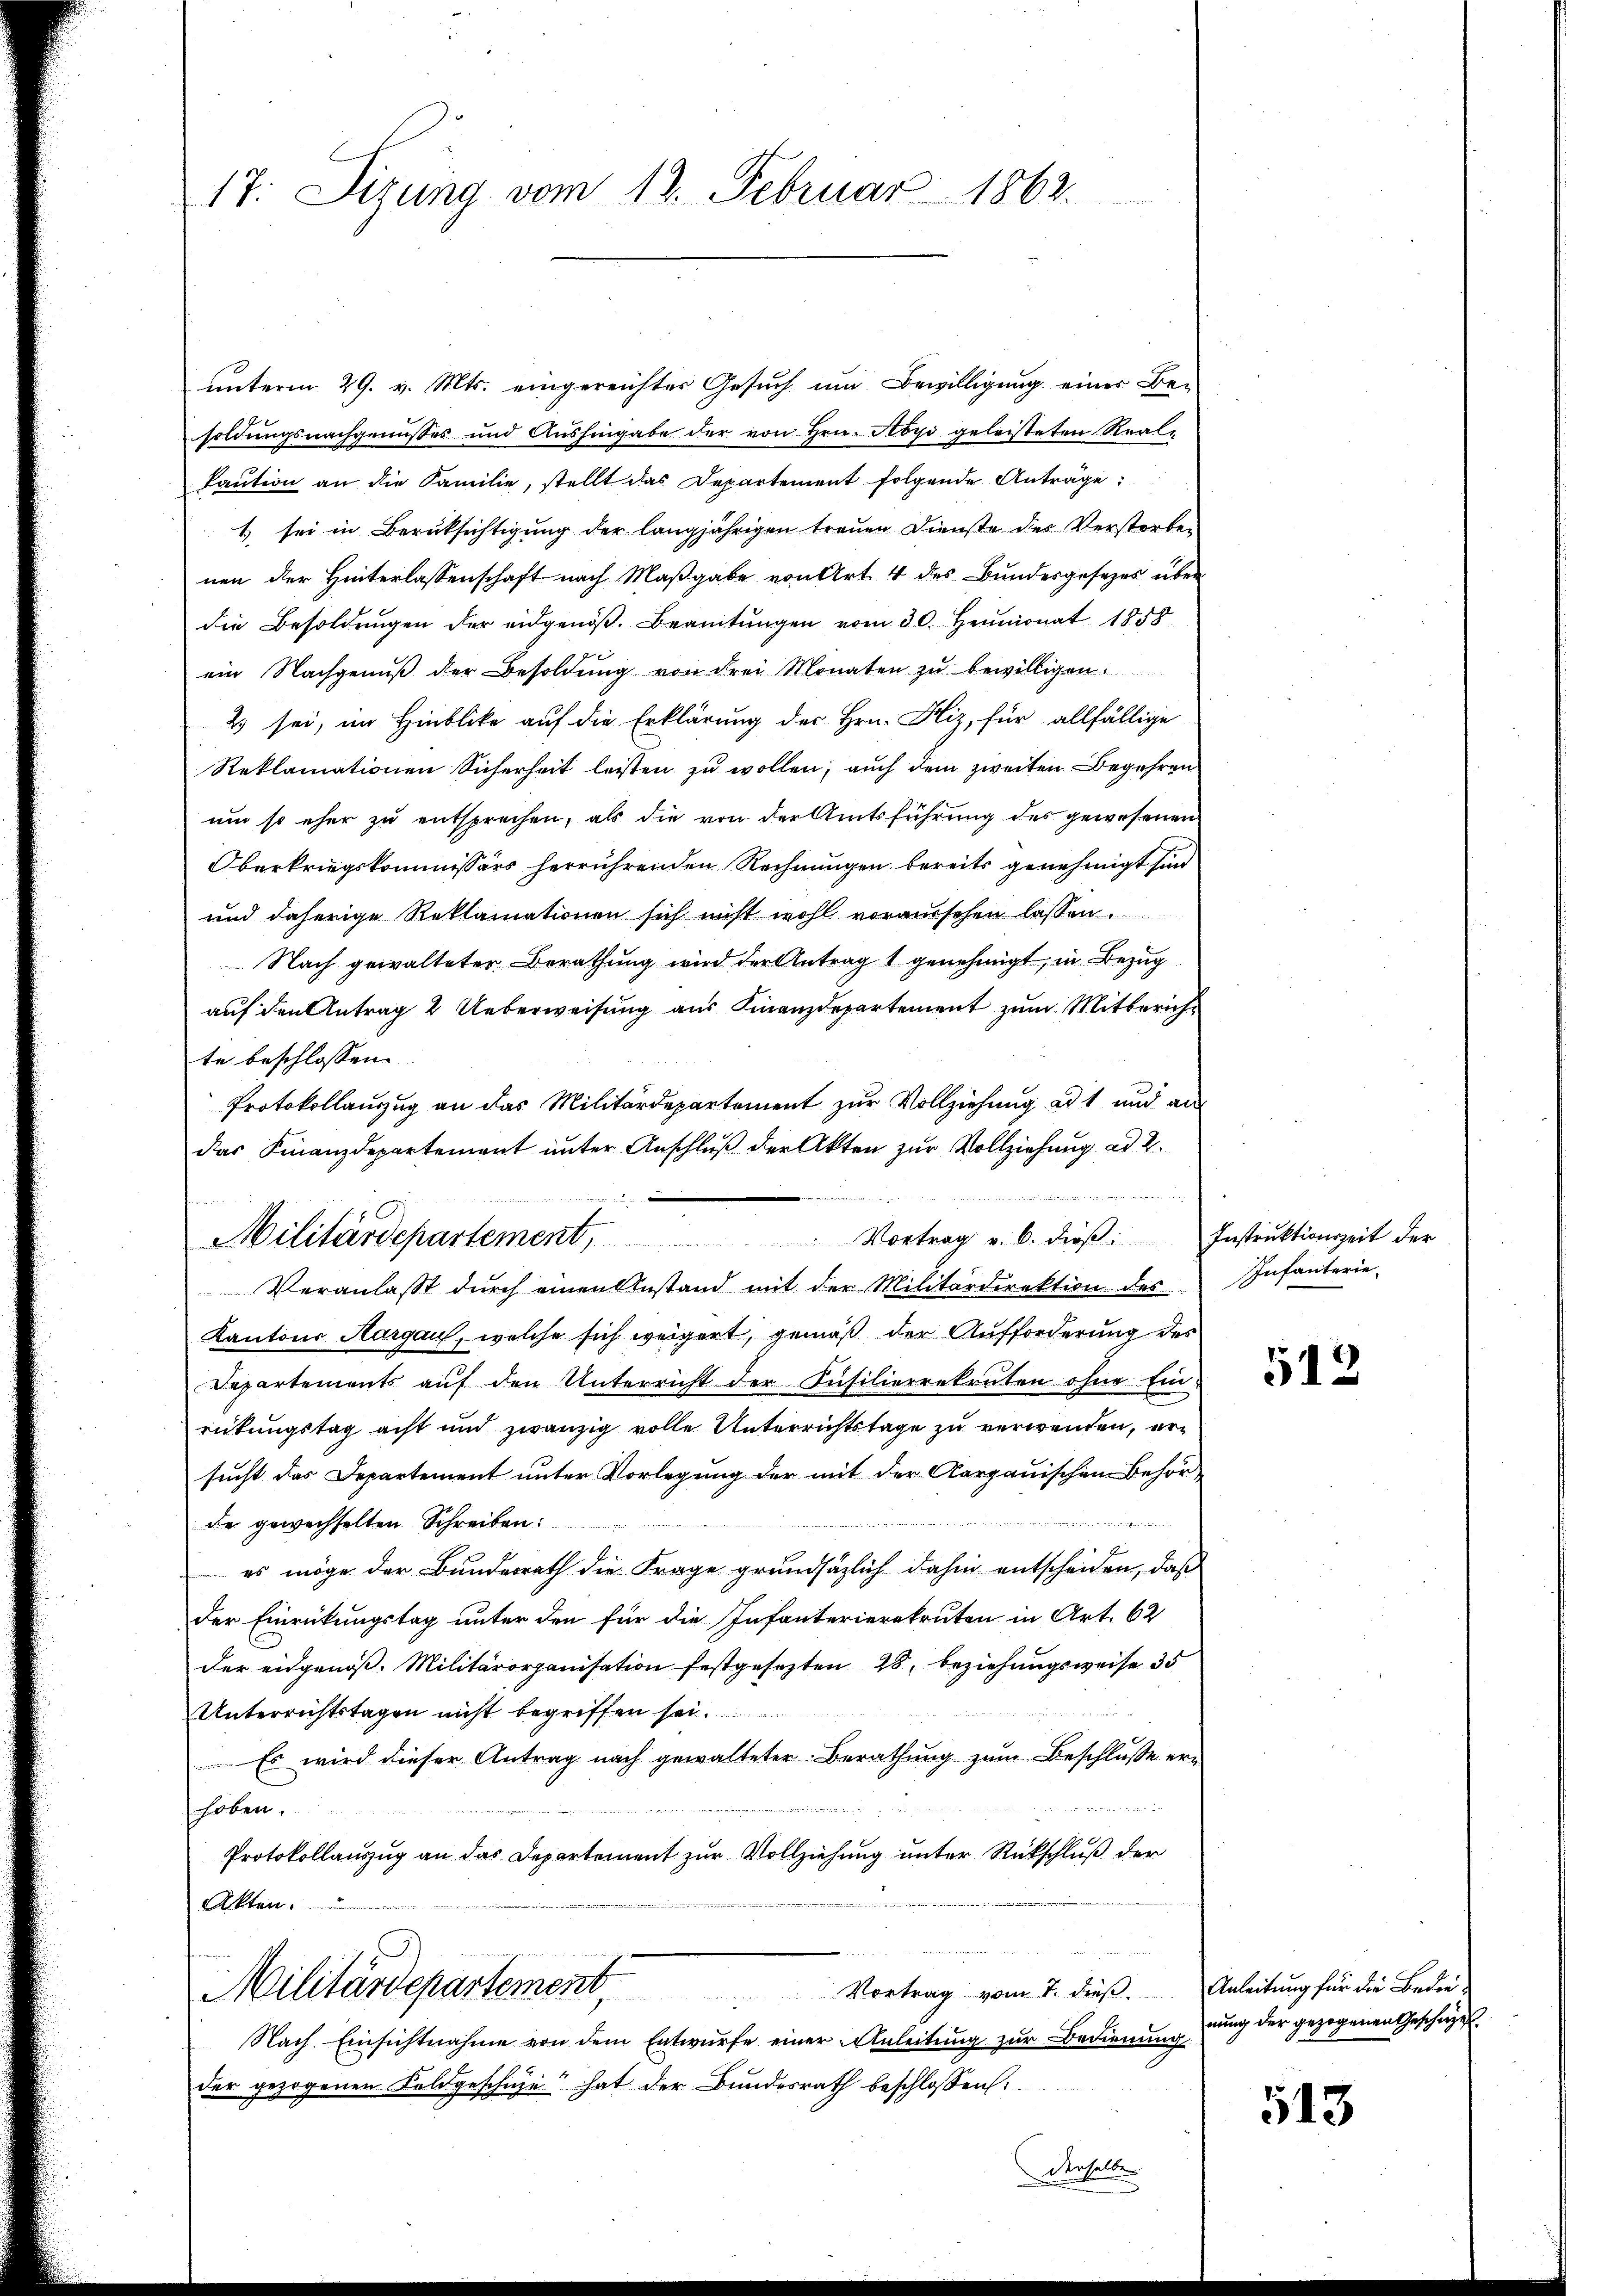
17. Dirung vom 13. Februar 1862.

das Finanzdepartement unter Anschluß der Akten zur Vollziehung ad 2.

Militärdepartement, Vortrag v. 6. dieβ: Instrŭktionszeit der
Veranlaßt durch einen Anstand mit der Militärdirektion des

unterm 29. v. Mts. eingereichtes Gesuch um Bewilligung eines Besoldungsnachgenusses und Aushingabe der von Hrn. Aoyi geleisteten Reali
Kaŭtion an die Familie, stellt das Departement folgende Anträge:
1 sei in Berüksichtigung der langjährigen treuen Dienste des Verstorben
nen der Hinterlassenschaft nach Maßgabe von Art. 4 des Bundesgesetzes über
die Besoldŭngen der eidgenöβ. Beamtŭngen vom 30. Heumonat 1858
x
ein Nachgenŭβ der Besoldŭng von drei Monaten zŭ bewilligen.
2) sei, im Hinblicke auf die Erklärung des Hrn. Hiz, für allfällige
Reklamationen Sicherheit leisten zu wollen; auch dem zweiten Begehren
um so eher zu entsprechen, als die von der Amtsführung des gewesenen
Oberkriegskommissärs herrührenden Rechnungen bereits genehmigt sind
und daherige Reklamationen sich nicht wohl voraussehen lassen.
Nach gewalteter Berathung wird der Antrag 1 genehmigt, in Bezug
auf den Antrag 2 Ueberweisung aus Finanzdepartement zum Mitberichte beschlossen:
Protokollanzug an das Militärdepartement zur Vollziehung ad 1 und an
Kantons Aargau, welche sich weigert, gemäß der Aufforderung des
Departements auf den Unterricht der Füsilierrekruten ohne Ein
ritungstag acht und zwanzig volle Unterrichtstage zu verwenden, ersucht das Departement unter Vorlegung der mit der Aargauischen Behörde gewechselten Schreiben:

es möge der Bundesrath die Frage grundsätzlich dahin entscheiden, daß
der Einrückungstag unter den für die Infanterierekruten in Art. 62
der eidgenöß. Militärorganisation festgesezten 28, beziehungsweise 35
Unterrichtstagen nicht begriffen sei.
Es wird dieser Antrag nach gewalteter Berathung zŭm Beschlusse erhoben.
Protokollanzug an das Departement zur Vollziehung unter Rückschluß der
Akten.
Militärdepartement Vortrag vom 7. dieß. Anleitung für die Beden
Nach Einsichtnahme von dem Entwurfe einer Anleitung zur Bedienung
der gezogenen Feldgeschie hat der Bundesrath beschlossen:

denselbe

Infanterie¬

512

nung der gezogenen Geschäzef.

513